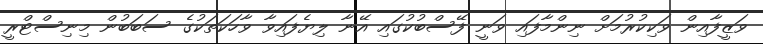
ވަޒީފާއިން ވަކިކުރުމަށް ނިންމާފައި ވަނީ ފޭސްބުކުގައި އޭނާ ލިޔެފައިވާ ވާހަކަތަކުގެ ސަބަބުން މިނިސްޓްރީ